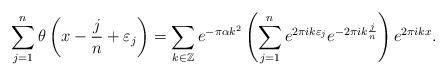
LaTeX: \begin{align*} \sum_{j=1}^{n} \theta\left(x - \frac{j}{n} + \varepsilon_j \right) = \sum_{k \in \mathbb{Z}} e^{-\pi \alpha k^2} \left( \sum_{j=1}^{n} e^{2 \pi i k \varepsilon_j } e^{-2 \pi i k \frac{j}{n}} \right) e^{2 \pi i k x}.\end{align*}